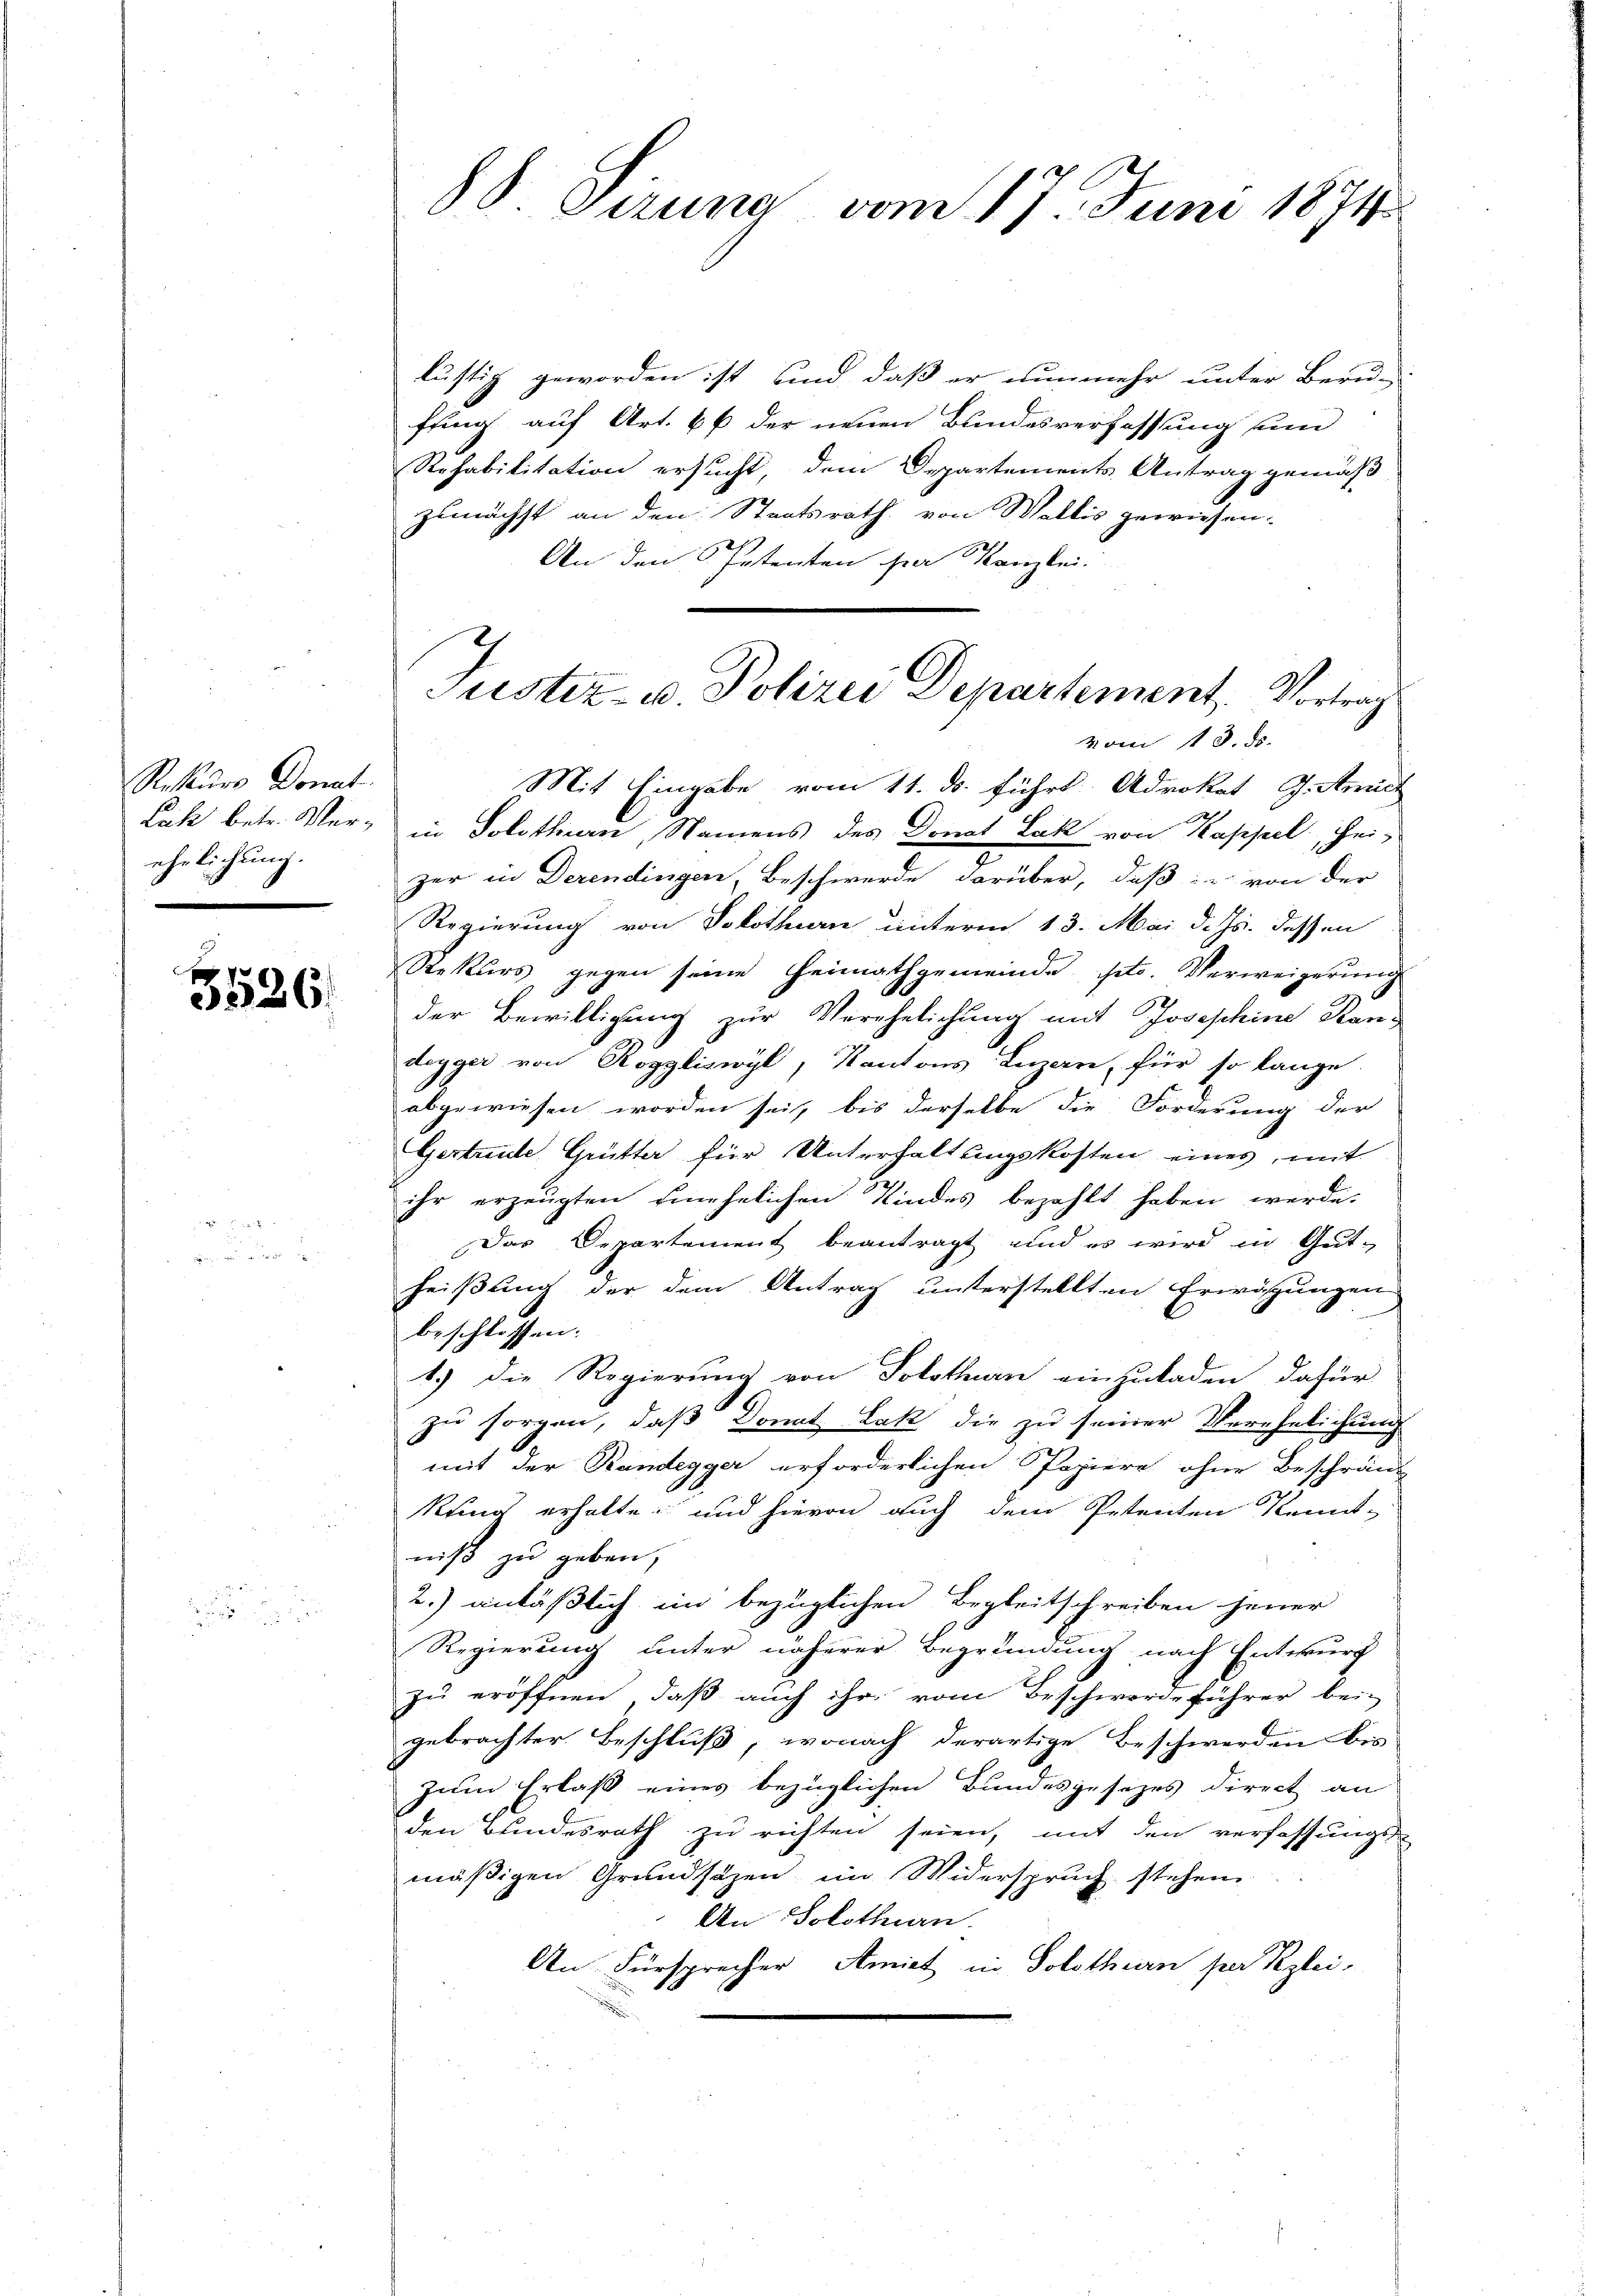
Rekurs Donat
Lah betr. Verehrlichung.
d

5526

88 Sirung vom 17. Juni 1874.

lustig geworden ist, und daß er nunmehr unter Beru-
fung auf Art. 6 f. der neuen Bundesverfassung und
Rehabilitation ersucht, dem Departements Antrag gemäß
zunächst an den Staatsrath von Wallis gewiesen:
An den 6 Petenten sie Kanzlei.
in Solothurn, Namens des Donat Lak von Kappel, Heizer in Derendingen, Beschwerde darüber, daß in von der
Regierung von Solothurn unterm 13. Mai d. Js. dessen
Rekurs gegen seine Heimathgemeinde etc. Verweigerung
der Bewilligung zur Verehelichung mit Josephine Rand
degger von Roggliswyl, Kantons Luzern, für so lange
abgewiesen worden sei, bis derselbe die Forderung der
Gertrete Grütter für Unterhaltungskosten eines, mit
ihr erzeugten einehelichen Kindes bezahlt haben werde.
Das Departement beantragt, und es wird in Gut-
heißung der dem Antrag unterstellten Erwägungen
beschlossen:
1.) Die Regierung von Solothurn einzuladen, dafür
zu sorgen, daß Donat Lak die zu seiner Verehelichung
mit der Randegger erforderlichen Papiere ohne Beschränk
Kung erhalte, und hievon auch dem Petenten Kennt-
niß zu geben,
2.) anläßlich im bezüglichen Begleitschreiben jener
Regierung unter näherer Begründung nach Entwurf
zu eröffnen, daß auch ihr vom Beschwerde führer bei
gebrachter Beschluß, wonach derartige Beschwerden bis
zum Erlaß eines bezüglichen Bundesgesezes direct an
den Bundesrath zu richten seien, mit den verfassungs-
mäßigen Grundsätzen im Widerspruch stehen
An Solothurn.
An Fürsprecher Amiet in Solothurn per Klei¬

Justiz- u Polizei Departement, Vortrag
vom 13. ds.
Mit Eingabe vom 11. ds. führt Advokat J. Amiet